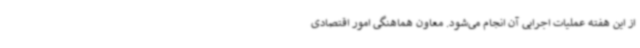
از این هفته عملیات اجرایی آن انجام می‌شود. معاون هماهنگی امور اقتصادی